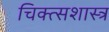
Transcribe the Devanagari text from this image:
चिक्त्सशास्त्र